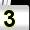
Digit: 3